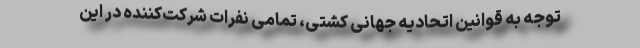
توجه به قوانین اتحادیه جهانی کشتی، تمامی نفرات شرکت‌کننده در این